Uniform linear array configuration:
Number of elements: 4
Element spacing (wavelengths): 1
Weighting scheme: hamming
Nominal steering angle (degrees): -45
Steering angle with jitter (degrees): -43.174
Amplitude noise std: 0.05
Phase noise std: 0.05

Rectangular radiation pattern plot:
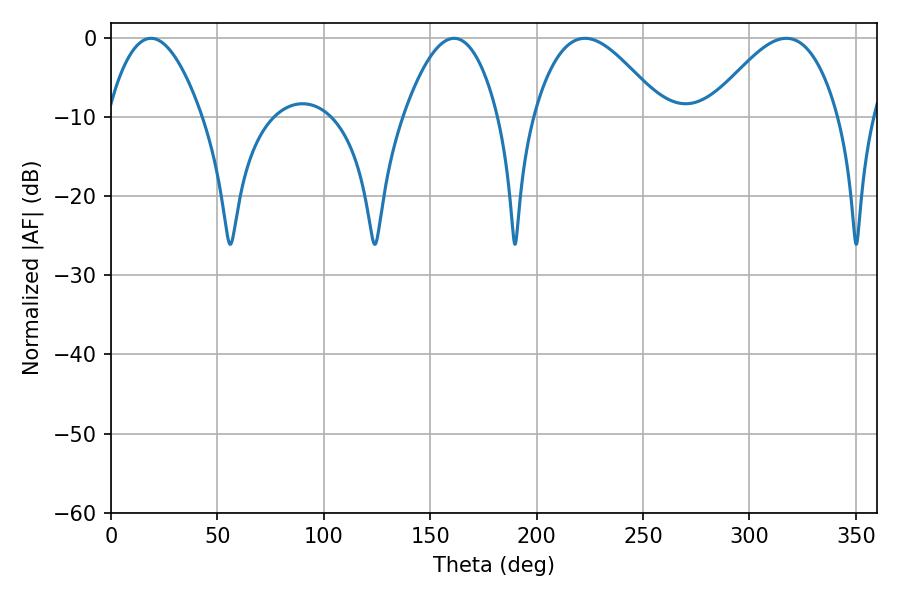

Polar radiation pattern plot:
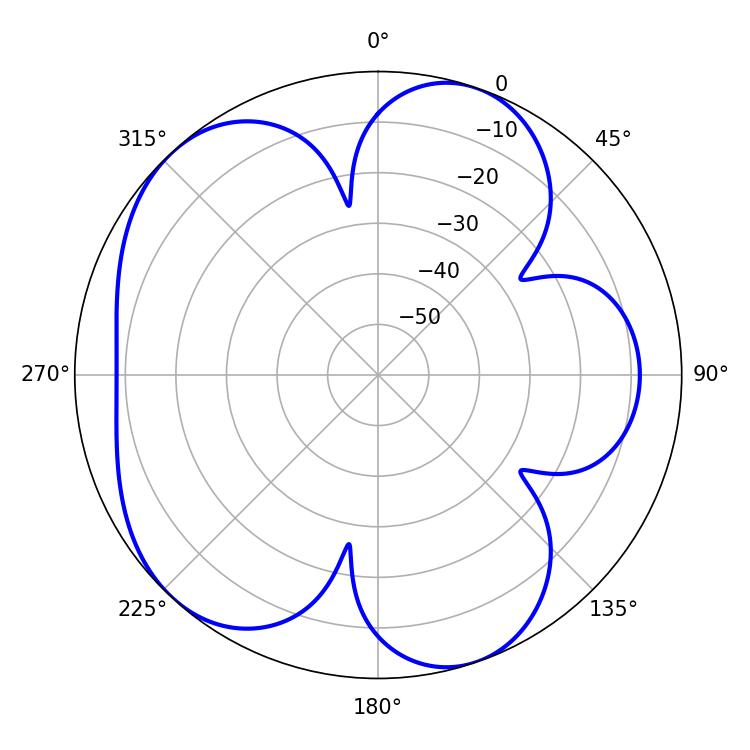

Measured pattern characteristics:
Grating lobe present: TRUE
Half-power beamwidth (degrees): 32.76
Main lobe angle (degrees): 222.66